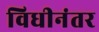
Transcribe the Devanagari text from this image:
विधीनंतर